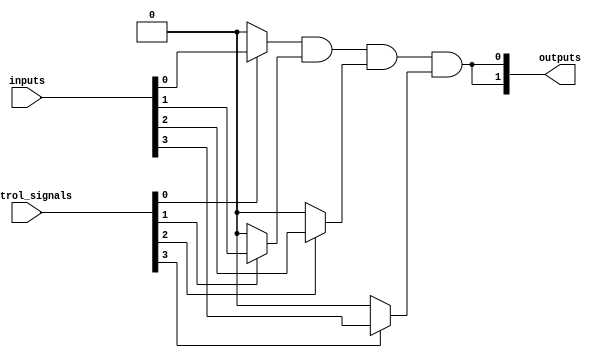
module CLB (
    input wire [N-1:0] inputs,        // Input lines
    input wire [M-1:0] control_signals, // Control signals for programmability
    output wire [P-1:0] outputs        // Output lines
);

parameter N = 8; // Number of input lines
parameter M = 4; // Number of control signals
parameter P = 2; // Number of output lines
parameter K = 4; // Number of product terms (AND gates)

// Internal wires for product terms
wire [K-1:0] product_terms;

// AND gates (programmable)
generate
    genvar i, j;
    for (i = 0; i < K; i = i + 1) begin : and_gates
        assign product_terms[i] = (control_signals[i] ? inputs[0] : 1'b0) & 
                                   (control_signals[i+1] ? inputs[1] : 1'b0) &
                                   (control_signals[i+2] ? inputs[2] : 1'b0) &
                                   (control_signals[i+3] ? inputs[3] : 1'b0);
    end
endgenerate

// OR gates to produce outputs
generate
    for (j = 0; j < P; j = j + 1) begin : or_gates
        assign outputs[j] = product_terms[0] | product_terms[1] | 
                            product_terms[2] | product_terms[3];
    end
endgenerate

endmodule